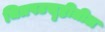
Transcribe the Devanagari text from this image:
चित्रपटसॄष्टीतील